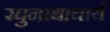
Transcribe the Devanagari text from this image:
रघुनाथाचार्य